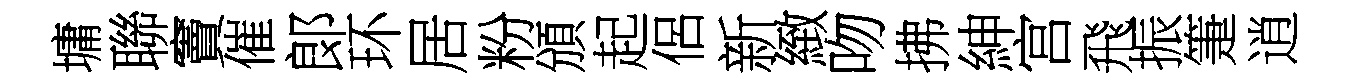
墉聯竇催郞环居粉頒起侶新緻吻拂紳宫飛振箑逍